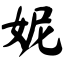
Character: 妮